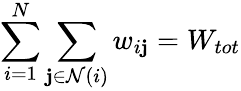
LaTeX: \sum_{i=1}^{N}\sum_{\mathbf{j}\in\mathcal{{N}}(i)}w_{i\mathbf{j}}=W_{tot}